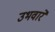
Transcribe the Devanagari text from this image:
उभवारे